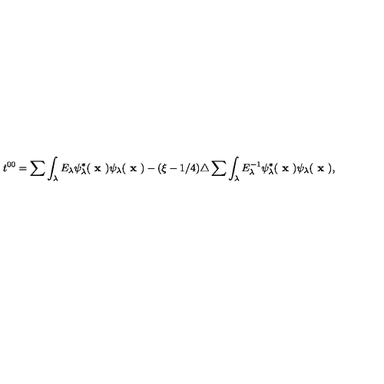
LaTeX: t ^ { 0 0 } = \sum \int _ { \lambda } E _ { \lambda } \psi _ { \lambda } ^ { * } ( \textbf { x } ) \psi _ { \lambda } ( \textbf { x } ) - ( \xi - 1 / 4 ) \triangle \sum \int _ { \lambda } E _ { \lambda } ^ { - 1 } \psi _ { \lambda } ^ { * } ( \textbf { x } ) \psi _ { \lambda } ( \textbf { x } ) ,